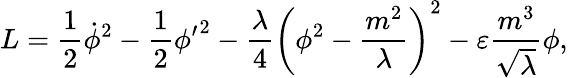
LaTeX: L=\frac{1}{2}{\dot{\phi}}^{2}-\frac{1}{2}{{\phi}^{\prime}}^{2}-\frac{\lambda}{4}\left(\phi^{2}-\frac{m^{2}}{\lambda}\right)^{2}-\varepsilon\frac{m^{3}}{\sqrt\lambda}\phi,